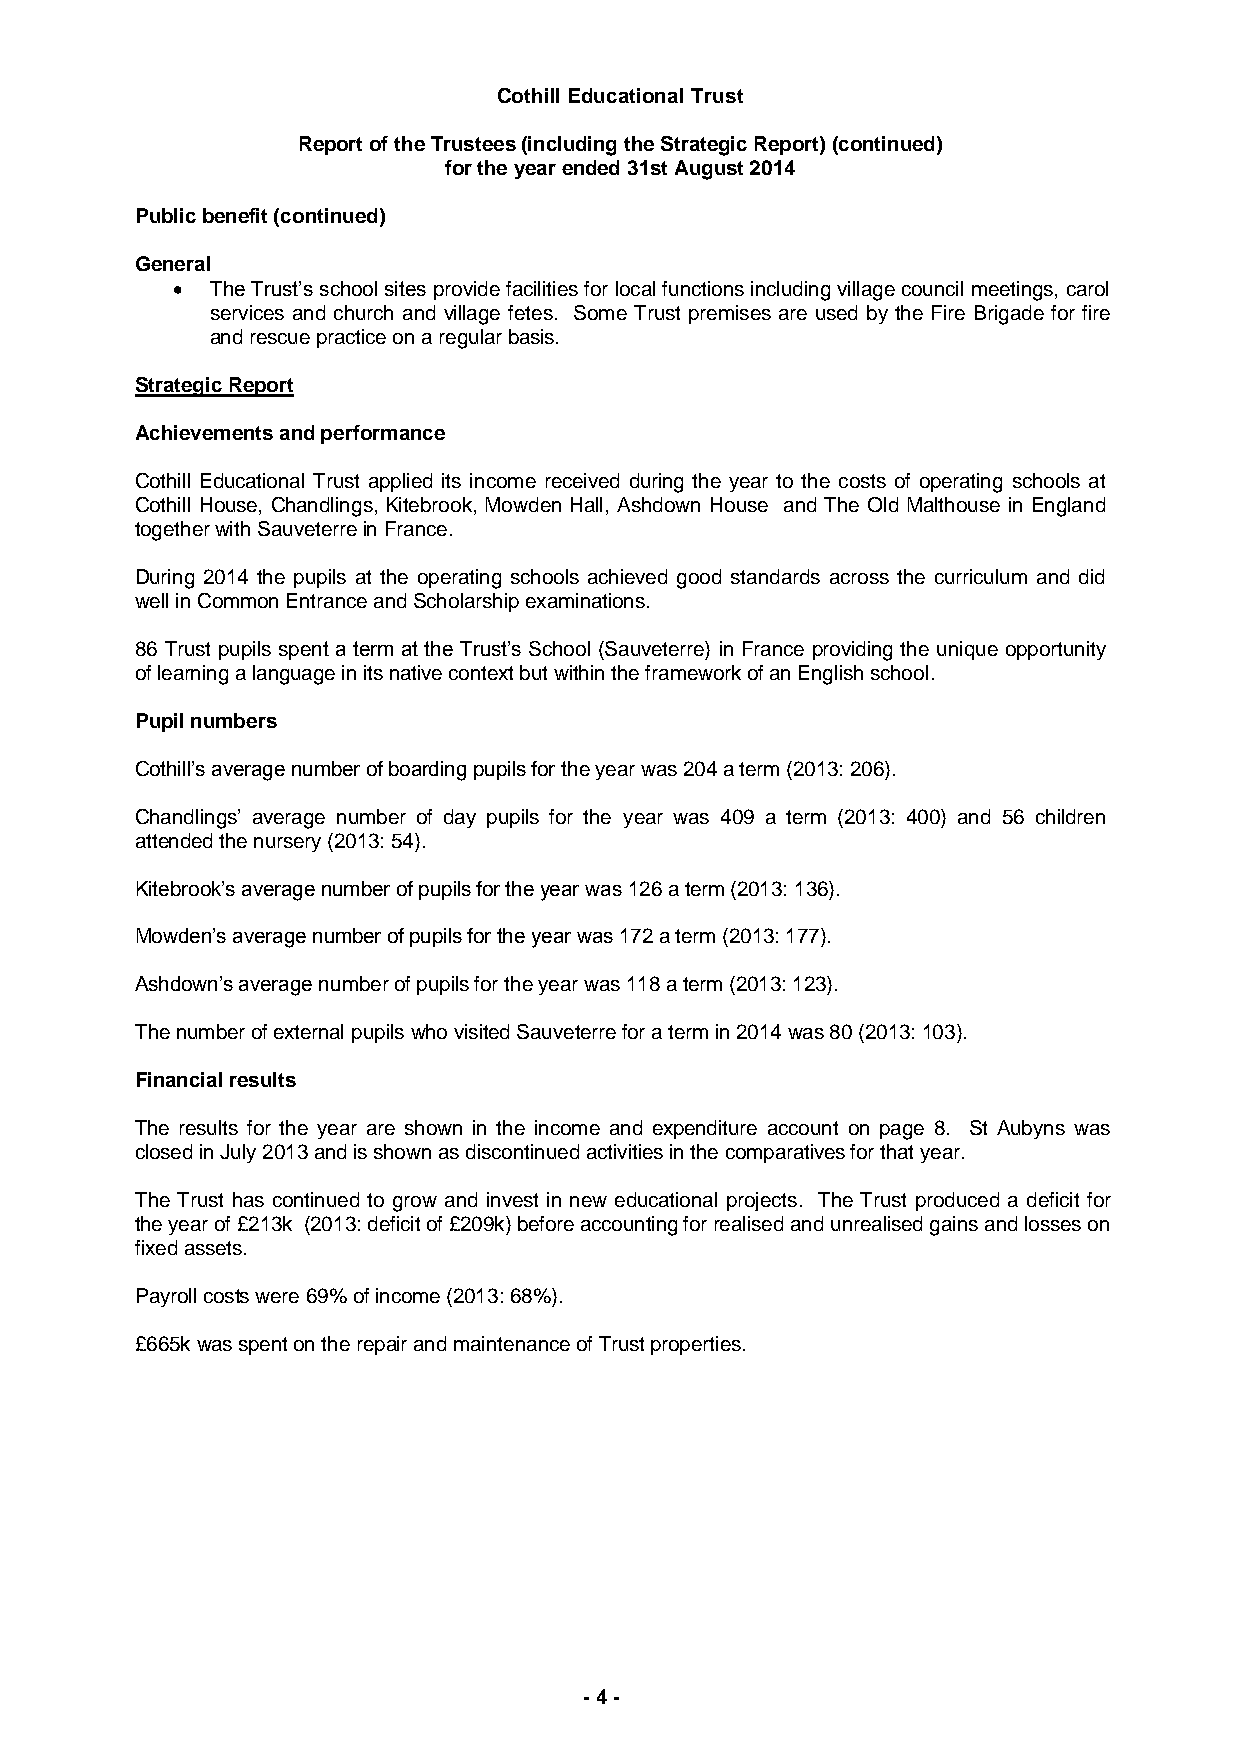
Cothill Educational Trust
 Report of the Trustees (including the Strategic Report) (continued)
 for the year ended 31st August 2014
 Public benefit (continued)
 General
   The Trust’s school sites provide facilities for local functions including village council meetings, carol
 services and church and village fetes. Some Trust premises are used by the Fire Brigade for fire
 and rescue practice on a regular basis.
 Strategic Report
 Achievements and performance
 Cothill Educational Trust applied its income received during the year to the costs of operating schools at
 Cothill House, Chandlings, Kitebrook, Mowden Hall, Ashdown House and The Old Malthouse in England
 together with Sauveterre in France.
 During 2014 the pupils at the operating schools achieved good standards across the curriculum and did
 well in Common Entrance and Scholarship examinations.
 86 Trust pupils spent a term at the Trust’s School (Sauveterre) in France providing the unique opportunity
 of learning a language in its native context but within the framework of an English school.
 Pupil numbers
 Cothill’s average number of boarding pupils for the year was 204 a term (2013: 206).
 Chandlings’ average number of day pupils for the year was 409 a term (2013: 400) and 56 children
 attended the nursery (2013: 54).
 Kitebrook’s average number of pupils for the year was 126 a term (2013: 136).
 Mowden’s average number of pupils for the year was 172 a term (2013: 177).
 Ashdown’s average number of pupils for the year was 118 a term (2013: 123).
 The number of external pupils who visited Sauveterre for a term in 2014 was 80 (2013: 103).
 Financial results
 The results for the year are shown in the income and expenditure account on page 8. St Aubyns was
 closed in July 2013 and is shown as discontinued activities in the comparatives for that year.
 The Trust has continued to grow and invest in new educational projects. The Trust produced a deficit for
 the year of £213k (2013: deficit of £209k) before accounting for realised and unrealised gains and losses on
 fixed assets.
 Payroll costs were 69% of income (2013: 68%).
 £665k was spent on the repair and maintenance of Trust properties.
 - 4 -